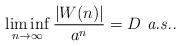
LaTeX: \begin{align*}\liminf_{n \to \infty}\frac{|W(n)|}{a^n} = D \mbox{ {\em a.s..}}\end{align*}